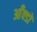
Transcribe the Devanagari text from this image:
आँक्डों